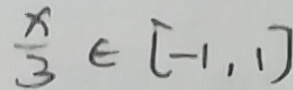
\frac { x } { 3 } \in [ - 1 , 1 ]